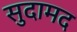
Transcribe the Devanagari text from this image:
सुदामद